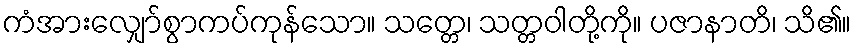
ကံအားလျှော်စွာကပ်ကုန်သော။ သတ္တေ၊ သတ္တဝါတို့ကို။ ပဇာနာတိ၊ သိ၏။